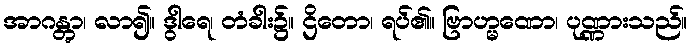
အာဂန္တွာ၊ လာ၍။ ဒွါရေ၊ တံခါး၌။ ဌိတော၊ ရပ်၏။ ဗြာဟ္မဏော၊ ပုဏ္ဏားသည်။